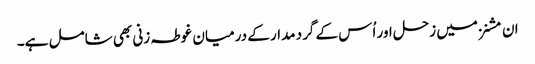
ان مشنز میں زحل اور اُس کے گرد مدار کے درمیان غوطہ زنی بھی شامل ہے۔